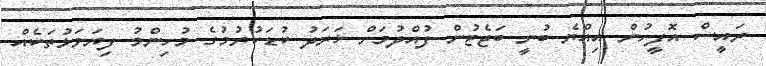
ރައީސް އޮފީހުން އިއްޔެ ބުނީ ބަޖެޓުން ފުއްދުމަށް ޚަރަދު ކުޑަކުރުމުގެ މުހިންމު ފިޔަވަޅުތަކެއް